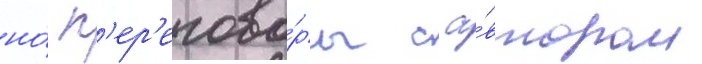
но́ п'ер'егово́ры с а́втором